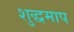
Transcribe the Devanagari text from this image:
शुद्धमाप